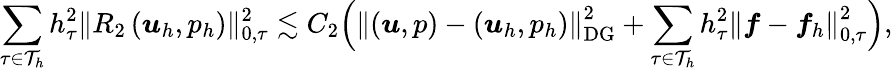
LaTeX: \sum_{\tau\in\mathcal{T}_{h}}h_{\tau}^{2}\| R_{2}\left(\boldsymbol{u}_{h},p_{h}\right)\| _{0,\tau}^{2}\lesssim C_{2}\Big(\left\| (\boldsymbol{u},p)-(\boldsymbol{u}_{h},p_{h})\right\| _{\mathrm{DG}}^{2}+\sum_{\tau\in\mathcal{T}_{h}}h_{\tau}^{2}\left\| \boldsymbol{f}-\boldsymbol{f}_{h}\right\| _{0,\tau}^{2}\Big),